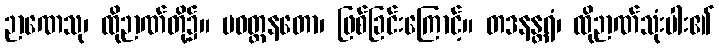
ဉာဏေသု၊ ထိုဉာဏ်တို့၌။ ပဝတ္တနတော၊ ဖြစ်ခြင်းကြောင့်။ တဒနန္တရံ၊ ထိုဉာဏ်သုံးပါး၏